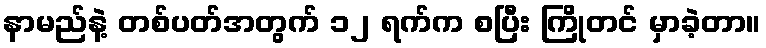
နာမည်နဲ့ တစ်ပတ်အတွက် ၁၂ ရက်က စပြီး ကြိုတင် မှာခဲ့တာ။